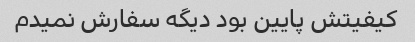
کیفیتش پایین بود دیگه سفارش نمیدم